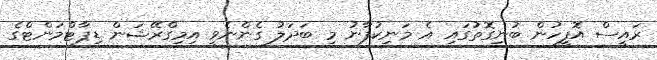
ރައީސް އޮފީހުން ބުނިގޮތުގައި އެ މަނިކުފާނު މި ބަދަލު ގެންނެވީ އިމިގްރޭޝަން ޑިޕާޓްމަންޓްގެ